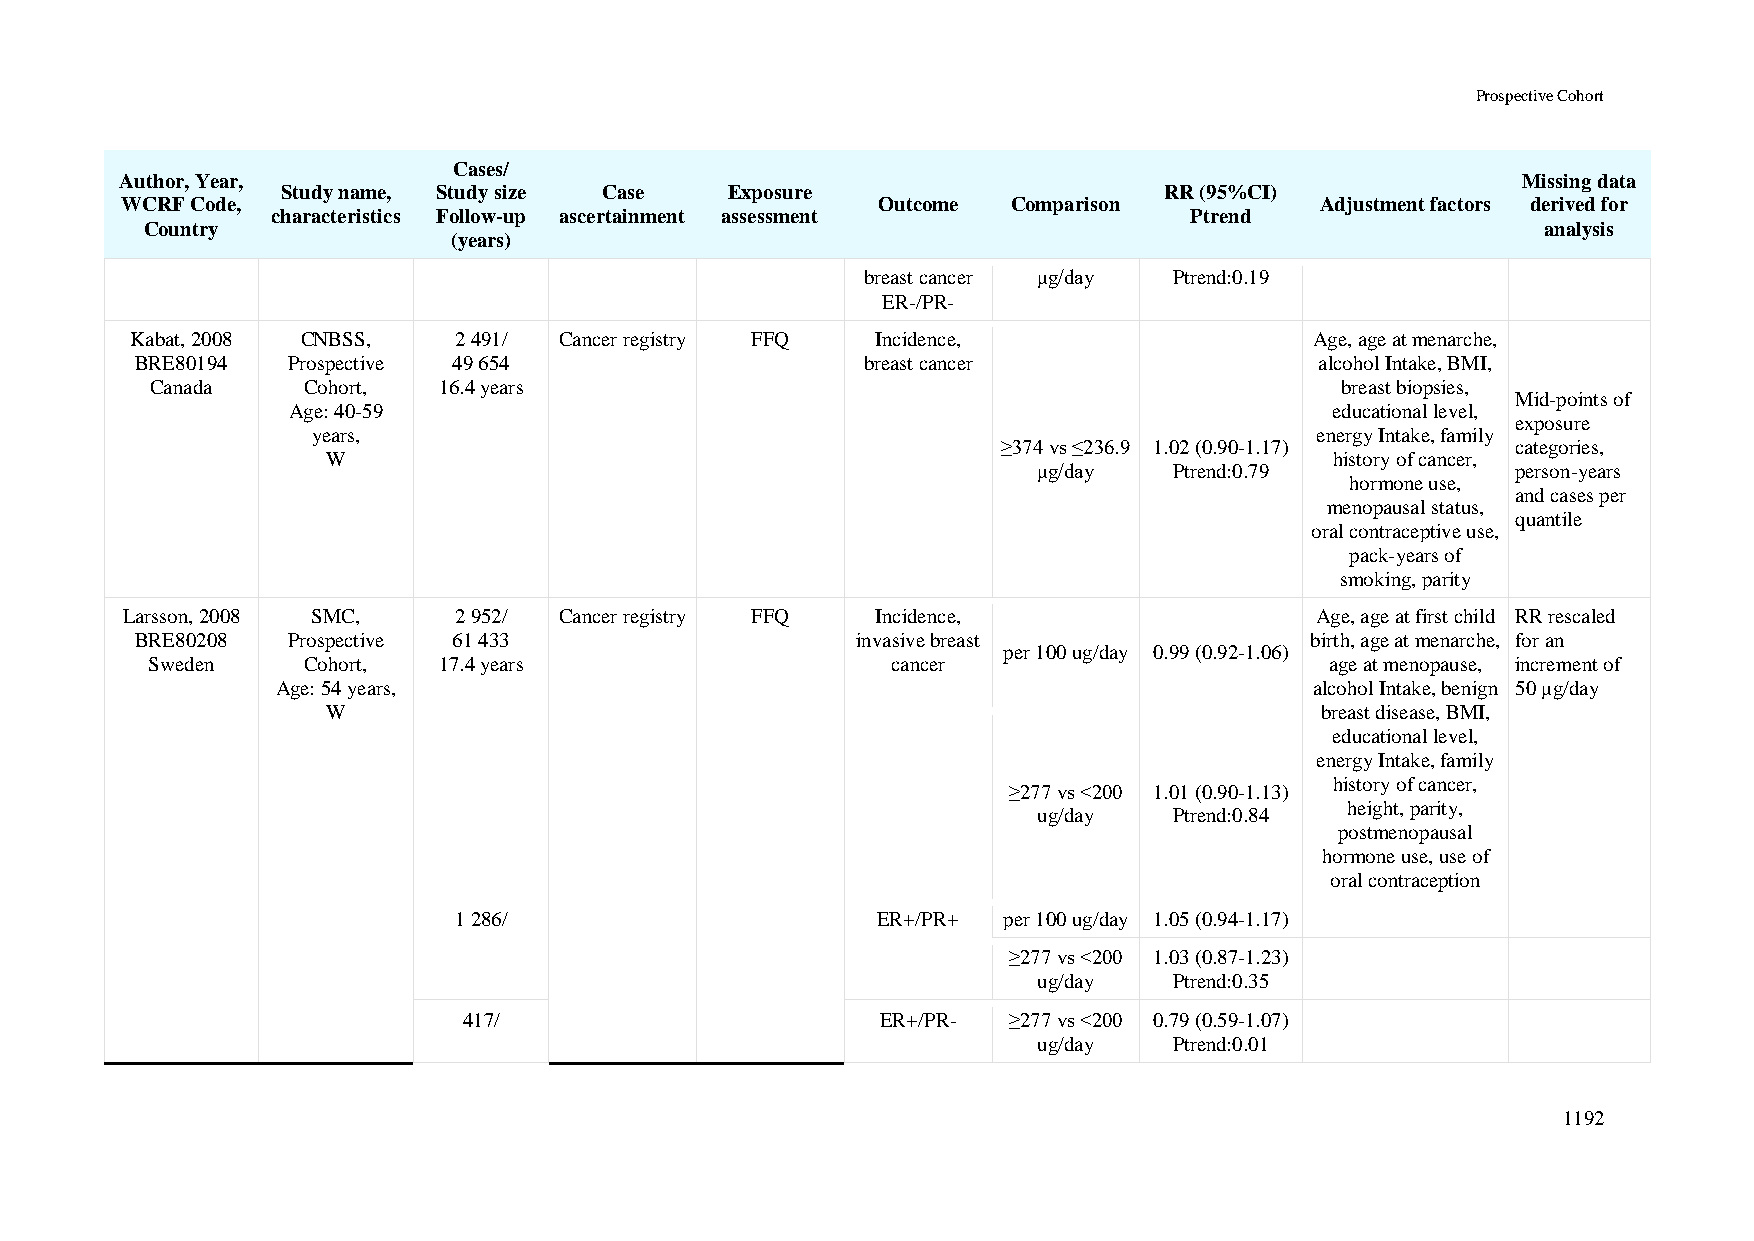
Prospective Cohort
 Cases/
 Author, Year,                                                                                Missing data
 Study name, Study size Case  Exposure                     RR (95%CI)
 WCRF Code,                                        Outcome  Comparison          Adjustment factors derived for
 characteristics Follow-up ascertainment assessment           Ptrend
 Country                                                                                     analysis
 (years)
 breast cancer μg/day Ptrend:0.19
 ER-/PR-
 Kabat, 2008 CNBSS,   2 491/ Cancer registry FFQ  Incidence,                   Age, age at menarche,
 BRE80194  Prospective 49 654                    breast cancer                 alcohol Intake, BMI,
 Canada    Cohort,  16.4 years                                                  breast biopsies,
 Mid-points of
 Age: 40-59                                                           educational level,
 exposure
 years,                                                            energy Intake, family
 ≥374 vs ≤236.9 1.02 (0.90-1.17)   categories,
 W                                                                 history of cancer,
 μg/day   Ptrend:0.79           person-years
 hormone use,
 and cases per
 menopausal status,
 quantile
 oral contraceptive use,
 pack-years of
 smoking, parity
 Larsson, 2008 SMC,    2 952/ Cancer registry FFQ  Incidence,                   Age, age at first child RR rescaled
 BRE80208  Prospective 61 433                    invasive breast               birth, age at menarche, for an
 per 100 ug/day 0.99 (0.92-1.06)
 Sweden    Cohort,  17.4 years                    cancer                       age at menopause, increment of
 Age: 54 years,                                                       alcohol Intake, benign 50 μg/day
 W                                                                breast disease, BMI,
 educational level,
 energy Intake, family
 history of cancer,
 ≥277 vs <200 1.01 (0.90-1.13)
 height, parity,
 ug/day   Ptrend:0.84
 postmenopausal
 hormone use, use of
 oral contraception
 1 286/                      ER+/PR+ per 100 ug/day 1.05 (0.94-1.17)
 ≥277 vs <200 1.03 (0.87-1.23)
 ug/day   Ptrend:0.35
 417/                       ER+/PR-  ≥277 vs <200 0.79 (0.59-1.07)
 ug/day   Ptrend:0.01
 1192